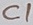
Text: C1